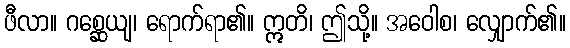
ဖီလာ။ ဂစ္ဆေယျ၊ ရောက်ရာ၏။ ဣတိ၊ ဤသို့။ အဝေါစ၊ လျှောက်၏။